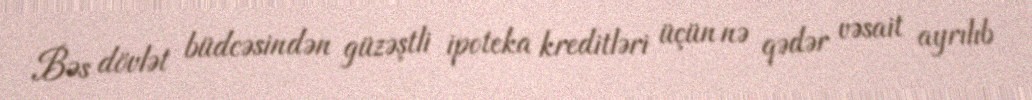
Bəs dövlət büdcəsindən güzəştli ipoteka kreditləri üçün nə qədər vəsait ayrılıb